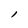
Character: l